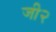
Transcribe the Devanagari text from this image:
जी२